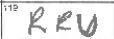
Transcription: RRU